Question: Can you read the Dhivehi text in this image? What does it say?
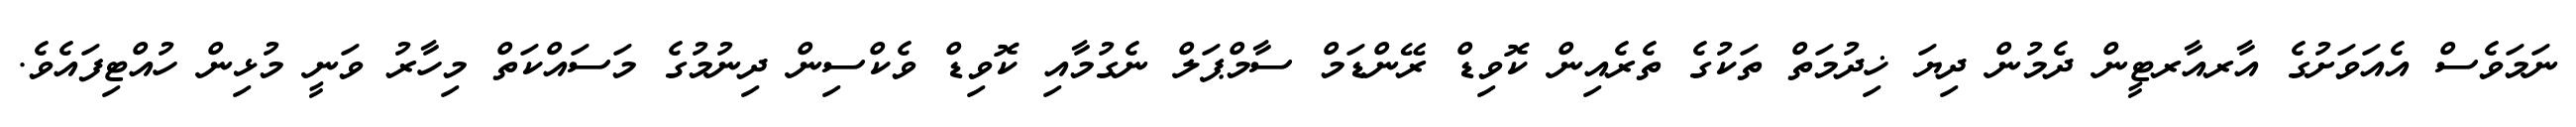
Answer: ނަމަވެސް އެއަވަށުގެ އާރއާރޓީން ދެމުން ދިޔަ ޚިދުމަތް ތަކުގެ ތެރެއިން ކޮވިޑް ރޭންޑަމް ސާމްޕަލް ނެގުމާއި ކޮވިޑް ވެކްސިން ދިނުމުގެ މަސައްކަތް މިހާރު ވަނީ މުޅިން ހުއްޓިފައެވެ.